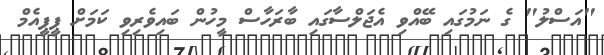
"އަސްލު" ގެ ނަމުގައި ބޭއްވި އެޖަލްސާގައި ބާރަހާސް މީހުން ބައިވެރިވި ކަމަށް ޕީޕީއެމް